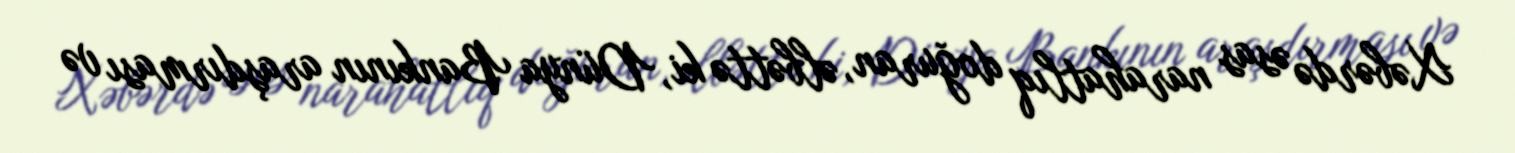
Xəbərdə əsas narahatlıq doğuran, əlbəttə ki, Dünya Bankının araşdırması və